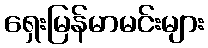
ရှေးမြန်မာမင်းများ